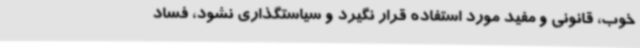
خوب، قانونی و مفید مورد استفاده قرار نگیرد و سیاستگذاری نشود، فساد